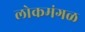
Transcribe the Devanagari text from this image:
लोकमंगळ